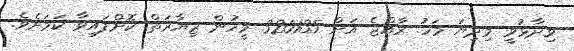
ވިދާޅުވީ މިދިޔަ މަހު ރާއްޖެ އަށް 320135 މީހުން ޒިޔާރަތް ކޮށްފައިވާ ކަމަށެވެ.